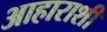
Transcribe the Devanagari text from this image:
आहाराशी